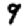
Digit: 9